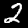
Label: 2